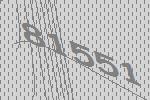
81551